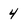
Character: 4